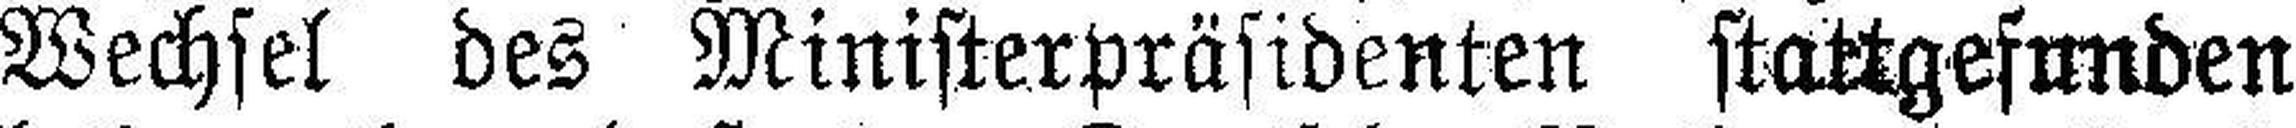
Wechsel des Ministerpräsidenten stattgefunden